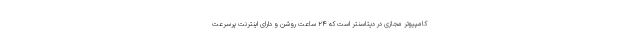
کامپیوتر مجازی در دیتاسنتر است که ۲۴ ساعت روشن و دارای اینترنت پرسرعت